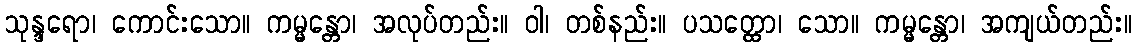
သုန္ဒရော၊ ကောင်းသော။ ကမ္မန္တော၊ အလုပ်တည်း။ ဝါ၊ တစ်နည်း။ ပသတ္ထော၊ သော။ ကမ္မန္တော၊ အကျယ်တည်း။